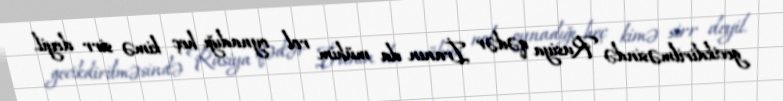
gecikdirilməsində Rusiya qədər İranın da mühim rol oynadığı heç kimə sirr deyil.